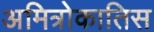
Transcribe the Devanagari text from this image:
अमित्रोकातिस